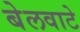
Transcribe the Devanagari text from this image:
बेलवाटे